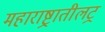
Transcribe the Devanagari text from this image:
महाराष्ट्रातीलट्र